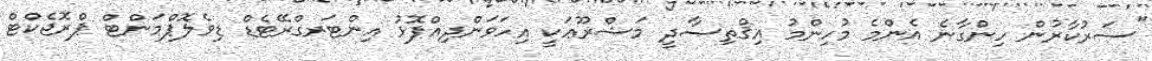
"ސަރުކާރުން ހިންގާނެ އެންމެ މުހިންމު އިޤްތިޞާދީ މަޝްރޫޢަކީ އިހަވަންދިއްޕޮޅު އިންޓަރގްރޭޓެޑް ޑިވެލޮޕްމަންޓް ޕްރޮޖެކްޓް